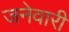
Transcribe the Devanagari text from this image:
जनेवारी